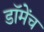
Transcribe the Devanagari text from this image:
डॉमेंच